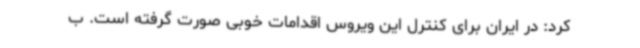
کرد: در ایران برای کنترل این ویروس اقدامات خوبی صورت گرفته است. ب